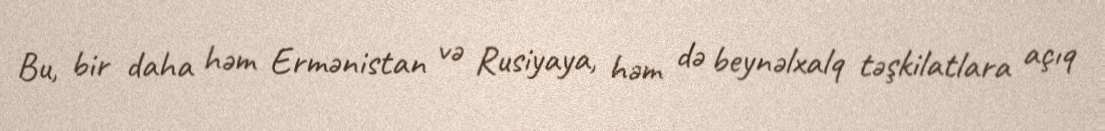
Bu, bir daha həm Ermənistan və Rusiyaya, həm də beynəlxalq təşkilatlara açıq